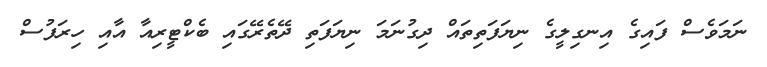
ނަމަވެސް ފައިގެ އިނގިލީގެ ނިޔަފަތިތައް ދިގުނަމަ ނިޔަފަތި ދޭތެރޭގައި ބެކްޓީރިއާ އާއި ހިރަފުސް